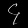
Digit: ၄